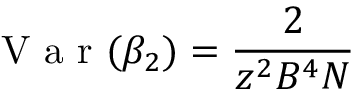
\mathrm { ~ V ~ a ~ r ~ } ( \beta _ { 2 } ) = \frac { 2 } { z ^ { 2 } B ^ { 4 } N }